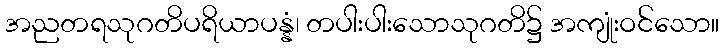
အညတရသုဂတိပရိယာပန္နံ၊ တပါးပါးသောသုဂတိ၌ အကျုံးဝင်သော။